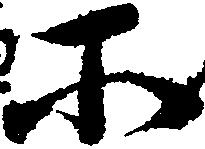
所